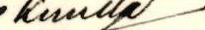
kuulla/